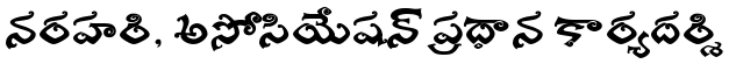
నరహరి, అసోసియేషన్ ప్రధాన కార్యదర్శి